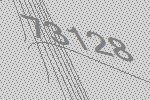
73128